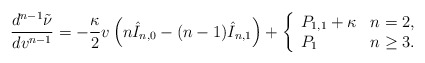
\begin{align*} \frac{d^{n-1}\tilde{\nu}}{dv^{n-1}}=-\frac{\kappa}{2}v\left(n\hat{I}_{n,0}-(n-1)\hat{I}_{n,1}\right)+\left\{ \begin{array}{ll} P_{1,1}+\kappa & n=2,\\ P_{1} & n\geq 3. \end{array}\right.\end{align*}